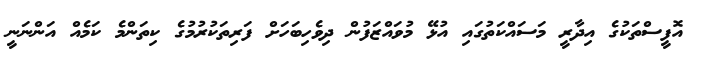
އޮފީސްތަކުގެ އިދާރީ މަސައްކަތުގައި އުޅޭ މުވައްޒަފުން ދިވެހިބަހަށް ފަރިތަކުރުމުގެ ކިތަންމެ ކަމެއް އަންނަނީ